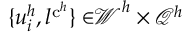
{ \{ u _ { i } ^ { h } , l ^ { \mathrm { c } ^ { h } } \} \in } { \boldsymbol { \mathcal { W } } ^ { h } \times \mathcal { Q } ^ { h } }